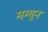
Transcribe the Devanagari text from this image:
मम्यून